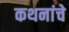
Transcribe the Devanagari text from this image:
कथनांचे